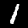
Label: 1